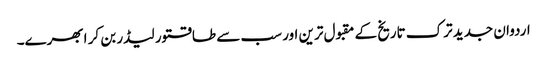
اردوان جدید ترک تاریخ کے مقبول ترین اور سب سے طاقتور لیڈر بن کر ابھرے۔